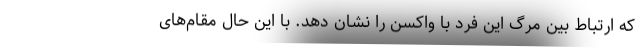
که ارتباط بین مرگ این فرد با واکسن را نشان دهد. با این حال مقام‌های